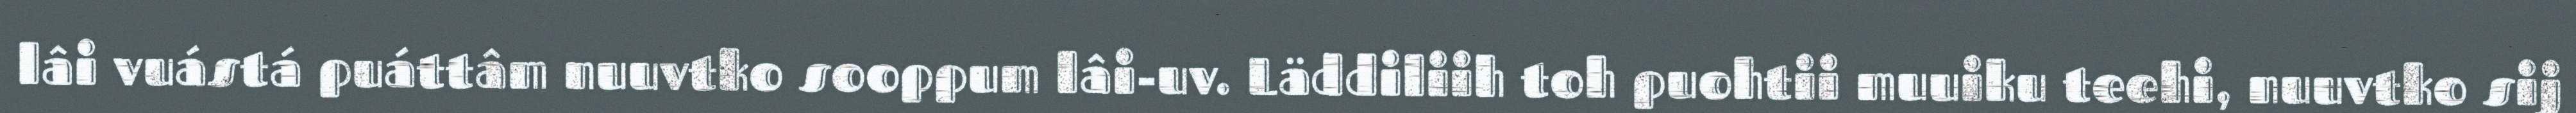
lâi vuástá puáttâm nuuvtko sooppum lâi-uv. Läddiliih toh puohtii muuiku teehi, nuuvtko sij